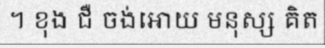
។ ខុង ជឺ ចង់អោយ មនុស្ស គិត